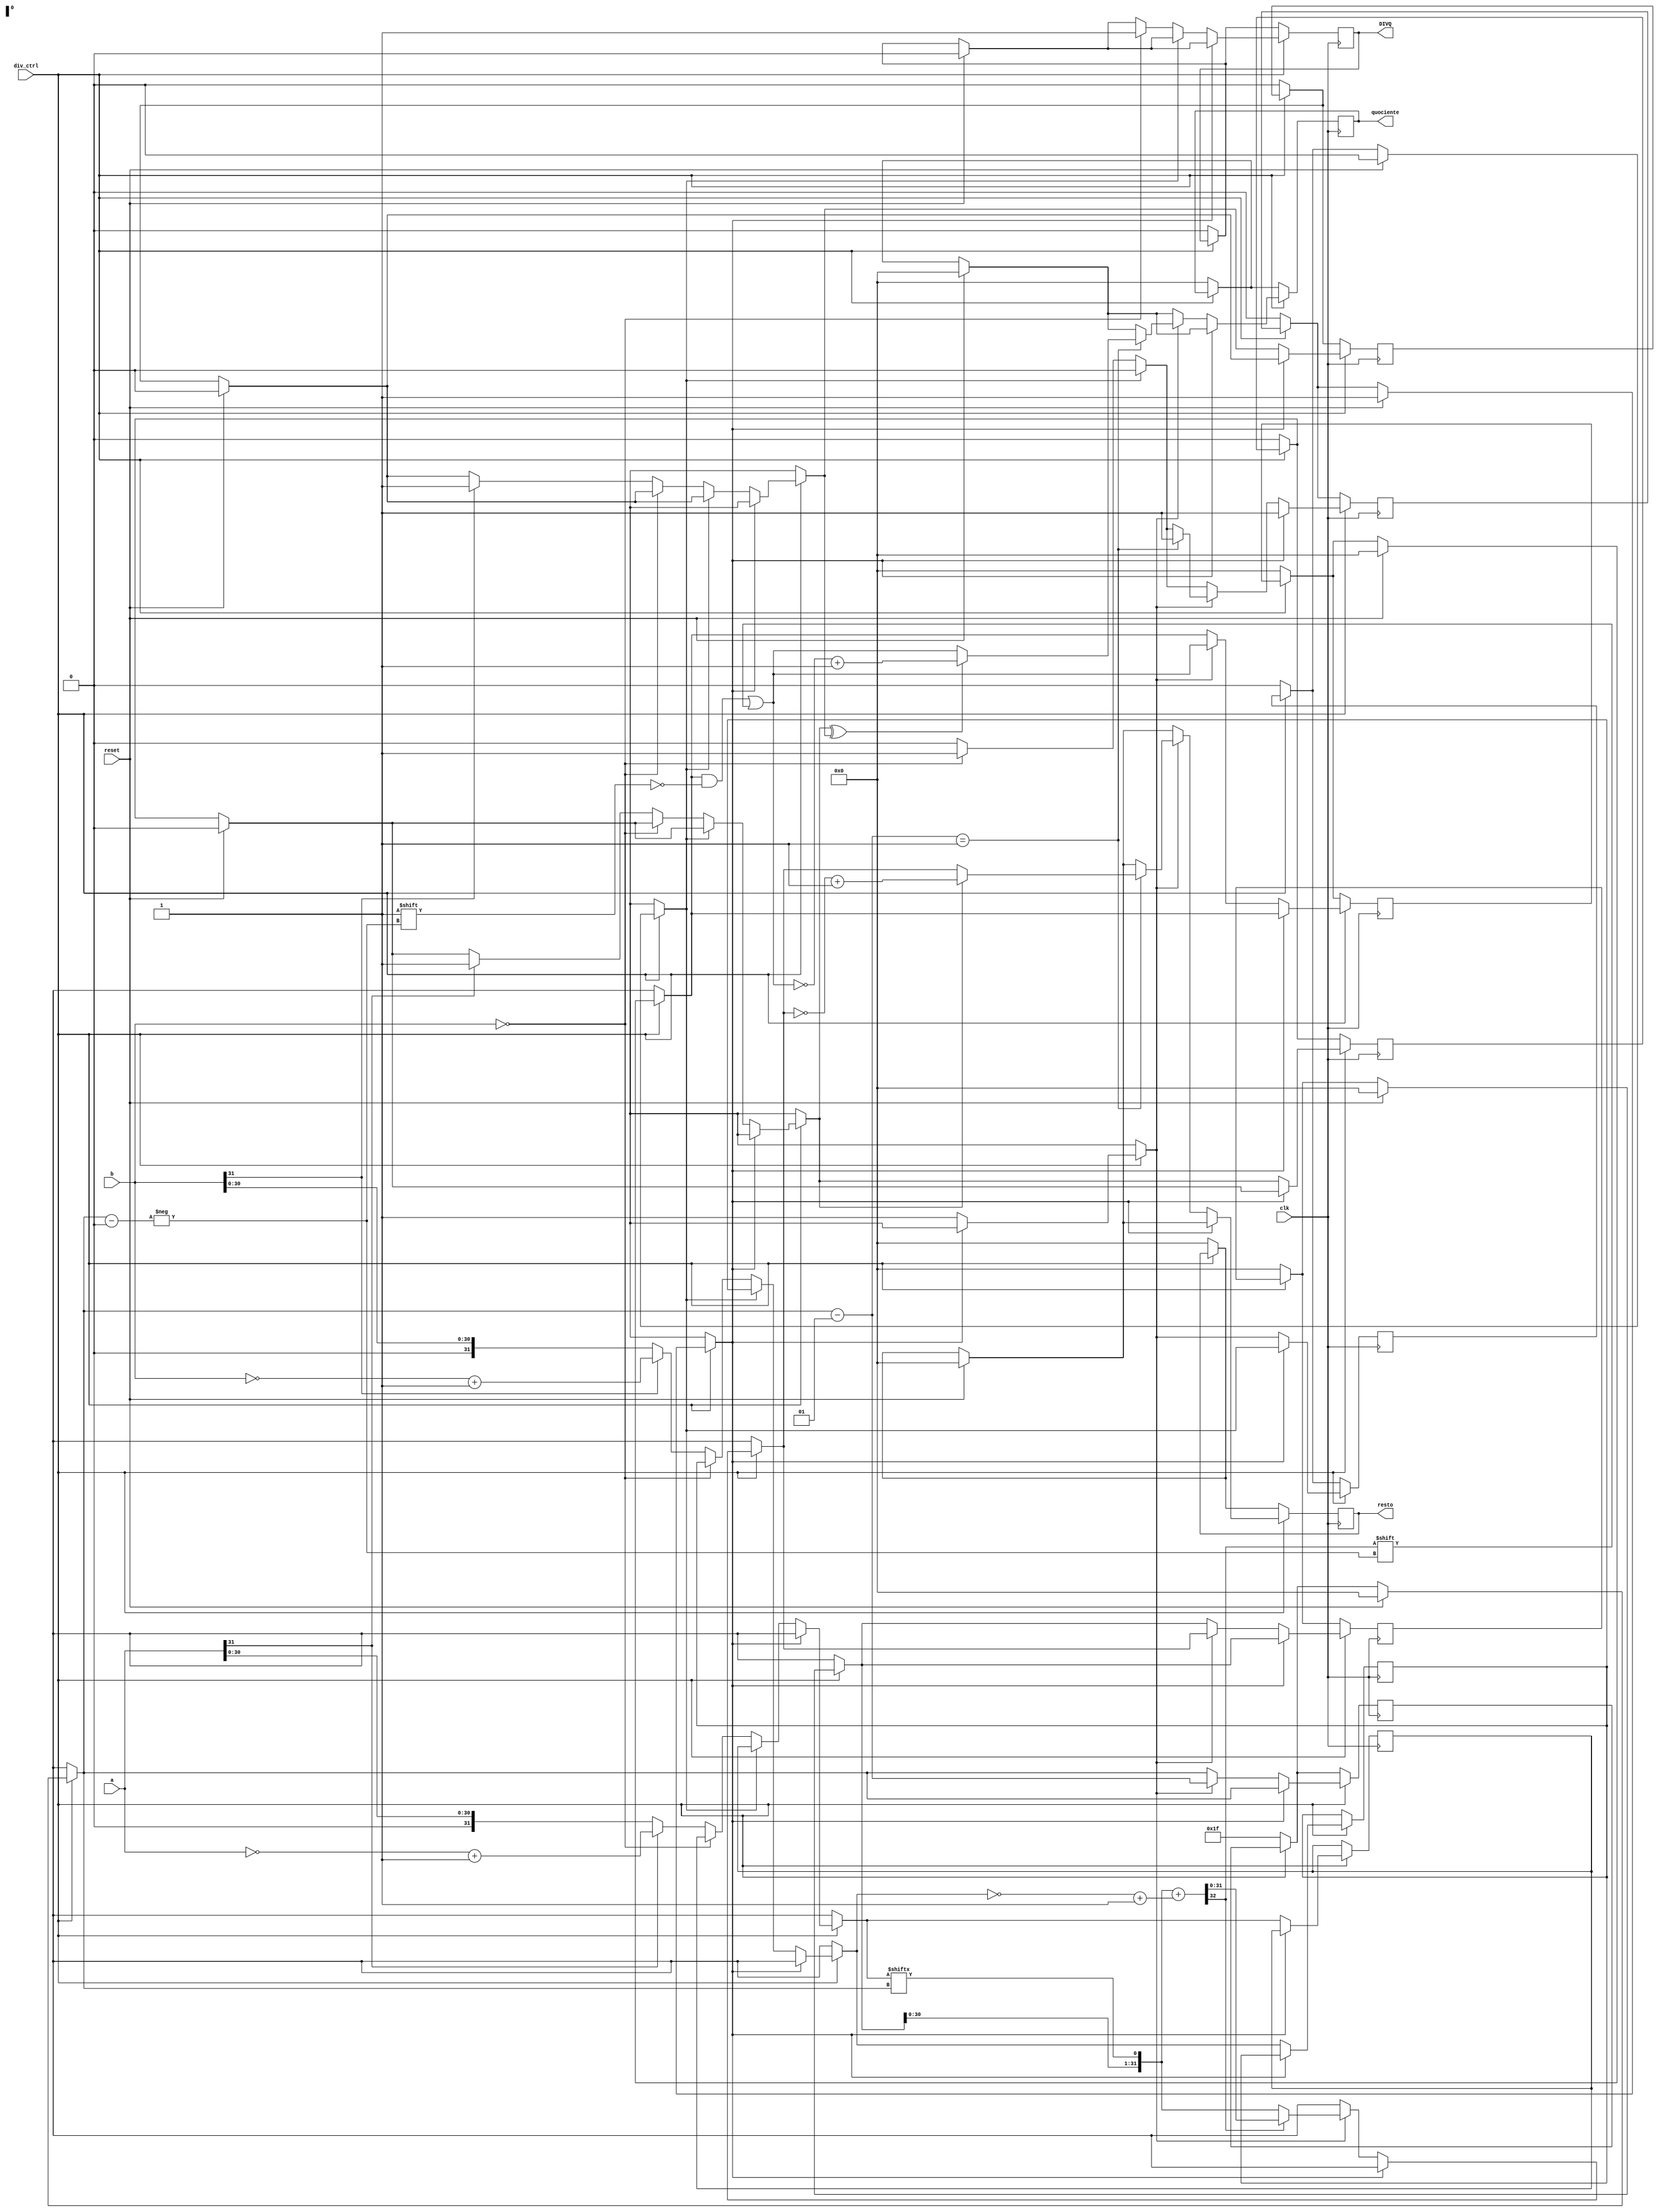
module div(
    input wire clk,
    input wire reset,
    input wire div_ctrl, // 1 para fazer a divisao
    input wire [31:0] a,
    input wire [31:0] b,
    output reg [31:0] resto,
    output reg [31:0] quociente,
    
    output reg DIVQ //excecao divisao por 0

);

    reg [31:0] aux_a;
    reg [31:0] aux_b;
    reg [31:0] comp_b;
    reg sinal_a;
    reg sinal_b;
    reg div_start;
    reg div_end;
    reg [31:0] aux_quociente;
    reg [31:0] aux_resto;
    reg [32:0] aux_diff;
    integer counter_div;


    always @(posedge clk)begin

        if(div_ctrl == 1'b0)begin

            sinal_a = 1'b0; //indica o sinal de a -> 0 para pos e 1 para neg
            sinal_b = 1'b0; // \\\\ \\\\ \\\\  \\\\ \\\\  b  \\\\ \\\\ \\\\  \\\\  \\\\  \\\\  \\\\    
            div_start = 1'b0;
            DIVQ = 1'b0;
            div_end = 1'b0;
            aux_quociente = 32'b0;
            aux_resto = 32'b0;
            aux_diff = 33'b0;
            counter_div = 31;
            quociente = 32'b0;
            resto = 32'b0;

        end
        if (div_ctrl == 1'b1)
            begin
                if (reset)
                begin
                    quociente = 32'b0;
                    resto = 32'b0;
                    DIVQ = 1'b0;
                    div_start = 1'b0;
                    div_end = 1'b1;
                    sinal_a = 1'b0;
                    sinal_b = 1'b0;
                    aux_quociente = 32'b0;
                    aux_resto = 32'b0;
                    aux_diff = 32'b0;
                    counter_div = 0;
                end

                if (!div_end)
                begin
                    if (!div_start)
                    begin
                        
                        if (b == 32'b0)
                        begin
                            DIVQ = 1'b1;
                            div_end = 1'b1;
                        end

                        
                        else
                        begin 
                            
                            // tornando numerador positivo
                            if (a[31])
                            begin
                                aux_a = (~a + 1'b1);
                                sinal_a = 1'b1;
                            end
                            else
                            begin
                                aux_a = a; 
                            end

                            // tornando o divisor positivo
                            if (b[31])
                            begin
                                aux_b = (~b + 1'b1);
                                sinal_b = 1'b1;
                            end
                            else
                            begin
                                aux_b = b; 
                            end
                        end
                        div_start = 1'b1;
                    end

                    if (div_start)
                    begin
                        aux_resto = aux_resto << 1; 
                        aux_resto[0] = aux_a[counter_div];

                        comp_b = (~aux_b + 1'b1);
                        aux_diff = aux_resto + comp_b; 

                        if (aux_diff[32]) 
                        begin
                            aux_resto = aux_diff[31:0];
                        end

                        aux_quociente[counter_div] = aux_diff[32]; 

                        counter_div = counter_div - 1;

                        // gravando quociente 
                        if (counter_div == -1)
                        begin
                            if (sinal_a ^ sinal_b) // se a e b tm sinais diferentes
                            begin
                                quociente = (~aux_quociente + 1'b1);
                            end
                            else
                            begin
                                quociente = aux_quociente;
                            end

                            if (sinal_a)
                            begin
                                resto = (~aux_resto + 1'b1);
                            end
                            else
                            begin
                                resto = aux_resto;
                            end

                            div_end = 1'b1;
                        end
                    end
                end
            end
        end

endmodule